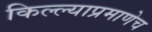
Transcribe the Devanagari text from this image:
किल्ल्याप्रमाणेच